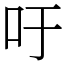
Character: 吁